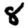
Digit: 8